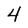
Character: 4